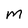
Character: m